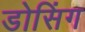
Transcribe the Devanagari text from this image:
डोसिंग